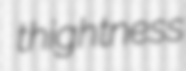
thightness